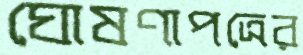
ঘোষণাপত্রের